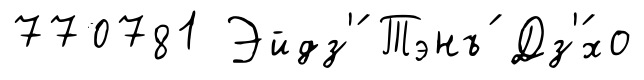
770781 Эйдз'́ Тэнъ́ Дз'́хо